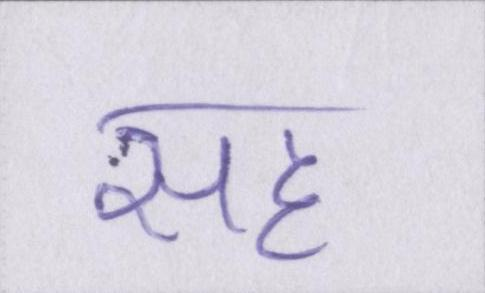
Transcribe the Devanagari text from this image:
सह